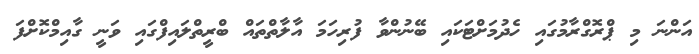
އަންނަ މި ޕްރޮގްރާމުގައި ހެދުމަށްޓަކައި ބޭނުންވާ ފުރިހަމަ އާލާތްތައް ބްރީތްލައިފްގައި ވަނީ ގާއިމްކޮށްފަ